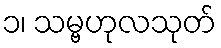
၁၊ သမ္ဗဟုလသုတ်